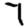
Digit: 7